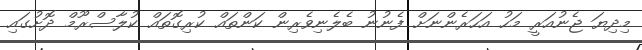
މިދިޔަ ޖެނުއަރީ މަހު އަހަރެންނަށް ފެނުނު ބެލެނިވެރިން ކަންތައް ކުރިގޮތައް ކުލާސްރޫމް ދޮށުގައި